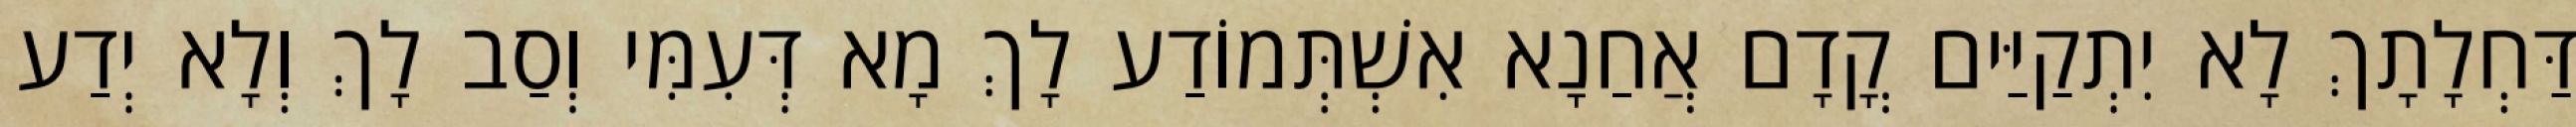
דַּחְלָתָךְ לָא יִתְקַיַּים קֳדָם אֲחַנָא אִשְׁתְּמוֹדַע לָךְ מָא דְּעִמִּי וְסַב לָךְ וְלָא יְדַע